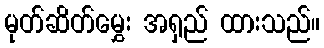
မုတ်ဆိတ်မွှေး အရှည် ထားသည်။